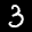
Label: 3